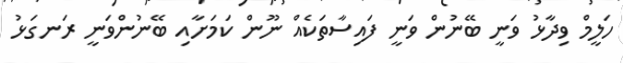
ހަލީމް ވިދާޅު ވަނީ ބޭނުން ވަނީ ފައިސާތަކެއް ނޫން ކަމަށާއި ބޭނުންވަނީ ރަނގަޅު